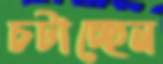
চটাচ্ছেন